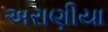
અરાણીયા